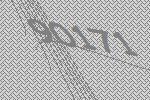
90171